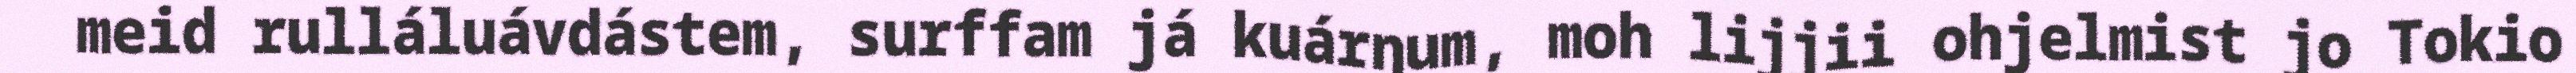
meid rulláluávdástem, surffam já kuárŋum, moh lijjii ohjelmist jo Tokio